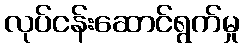
လုပ်ငန်းဆောင်ရွက်မှု